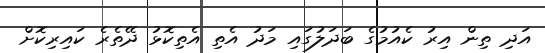
އަދި ތިން އިރު ކެއުމުގެ ބަދަލުގައި މަދު އެތި އެތިކޮޅު ދޭތެރެ ކައިރިކޮށް